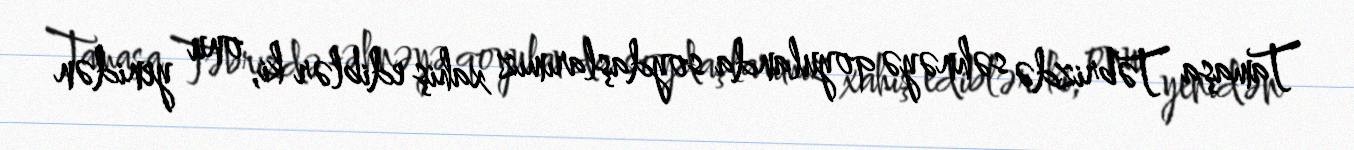
Tamaşa Təbrizdə səhnəyə qoyulanda soydaşlarımız xahiş ediblər ki, onu yenidən